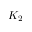
K _ { 2 }